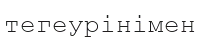
тегеурінімен